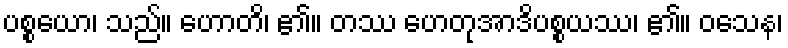
ပစ္စယော၊ သည်။ ဟောတိ၊ ၏။ တဿ ဟေတုအာဒိပစ္စယဿ၊ ၏။ ဝသေန၊